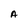
Character: A